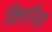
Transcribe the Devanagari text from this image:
क्लिनिक़